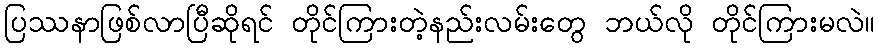
ပြဿနာဖြစ်လာပြီဆိုရင် တိုင်ကြားတဲ့နည်းလမ်းတွေ ဘယ်လို တိုင်ကြားမလဲ။